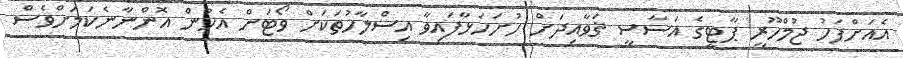
އެއަށްފަހު ޖުމްހޫރީ ޕާޓީގެ އަސާސީ ޤަވާއިދަށް ހުށަހަޅާފައިވާ އިސްލާހުތަކަށް ވޯޓަށް އެހުން އޮންނާނެކަމަށްވެސް